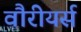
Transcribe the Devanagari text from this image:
वौरीयर्स